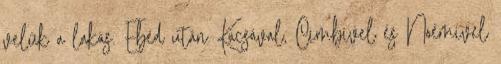
velük a lakás. Ebéd után Kacsával, Cimbivel és Noémivel